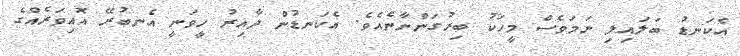
އެކަނޑު ބަލައިލި ނަމަވެސް މީހަކު ބިރުގަންނާނެއެވެ. އެކަނޑުން ދާއިރު ހީވަނީ އެނބުރޭ އޮއިވަރެއްގެ